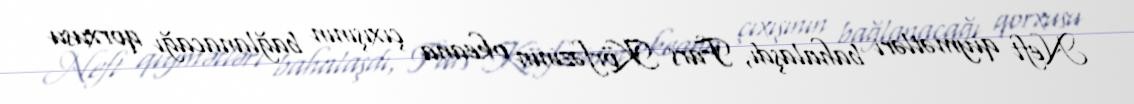
Neft qiymətləri bahalaşdı, Fars Körfəzinin okeana çıxışının bağlanacağı qorxusu